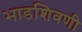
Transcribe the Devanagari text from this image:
भाडशिवणी